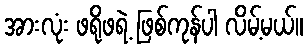
အားလုံး ဖရိုဖရဲ့ ဖြစ်ကုန်ပါ လိမ့်မယ်။